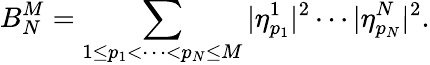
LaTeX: B_{N}^{M}=\sum_{1\leq p_{1}<\cdots<p_{N}\leq M}|\eta_{p_{1}}^{1}|^{2}\cdots|\eta_{p_{N}}^{N}|^{2}.